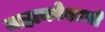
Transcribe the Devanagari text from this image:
महाकोशाची